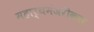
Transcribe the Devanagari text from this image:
महार्थमंजरीकार